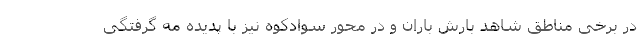
در برخی مناطق شاهد بارش باران و در محور سوادکوه نیز با پدیده مه گرفتگی